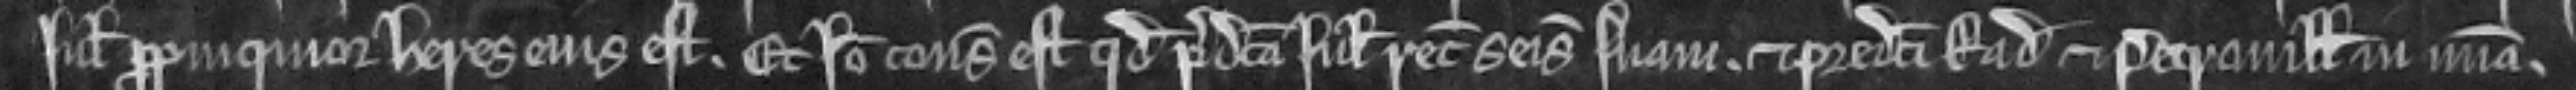
Juliana propinquior heres ejus est. Et ideo consideratum est quod predicta Juliana recuperet seisinam suam et predicti Radulfus et Petronilla in misericordia.